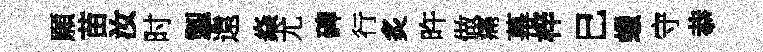
願苗汝时掣遠焱尤碑行炙旿做痛幕梓巳蠟守恭